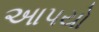
આપયો